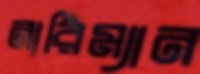
নারিম্যান